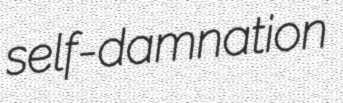
self-damnation